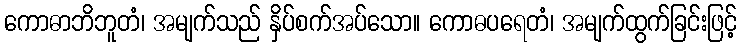
ကောဓာဘိဘူတံ၊ အမျက်သည် နှိပ်စက်အပ်သော။ ကောဓပရေတံ၊ အမျက်ထွက်ခြင်းဖြင့်